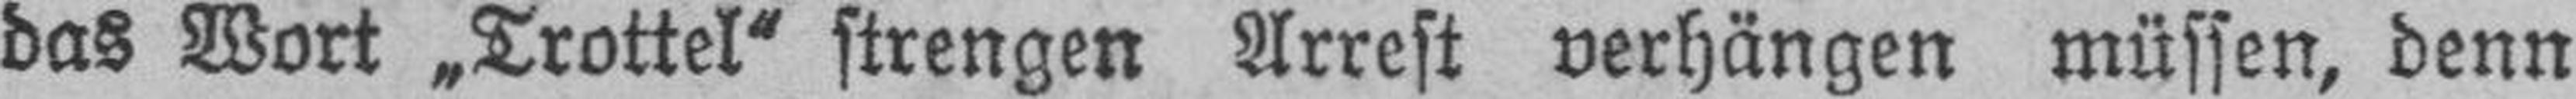
das Wort „Trottel“ strengen Arrest verhängen müssen, denn